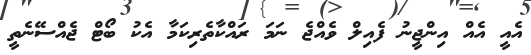
އެއީ އެއް އިންޖީނު ފެއިލް ވެއްޖެ ނަމަ ރައްކާތެރިކަމާ އެކު ބޯޓް ޖެއްސޭނެތީ